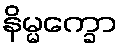
နိမ္မက္ခော